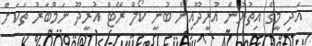
އަދި މީގެ އިތުރުން އުރީދޫއިން ބުނީ ކޯލް ރޭޓް އުރީދޫ ނަމްބަރު ތަކަށް